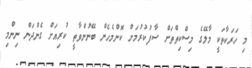
މި ހަރަކާތަކީ މާލޭގެ މިސްކިތްތަށް ސާފުކުރުމަށް ކޮންމެހެން ބޭނުންވާތީ ކުރިއަށް ގެންދަން ނިންމި